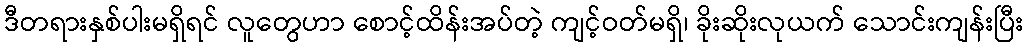
ဒီတရားနှစ်ပါးမရှိရင် လူတွေဟာ စောင့်ထိန်းအပ်တဲ့ ကျင့်ဝတ်မရှိ၊ ခိုးဆိုးလုယက် သောင်းကျန်းပြီး